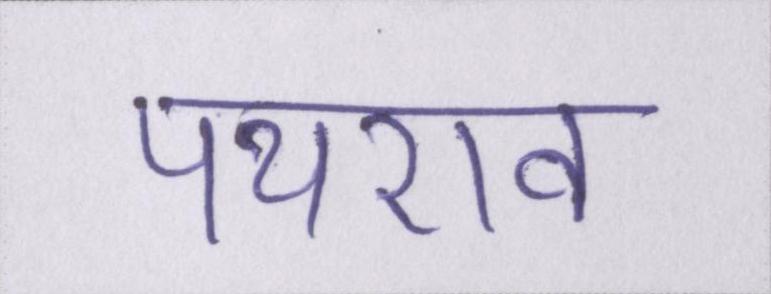
पथराव